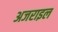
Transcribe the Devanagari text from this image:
अजराइल